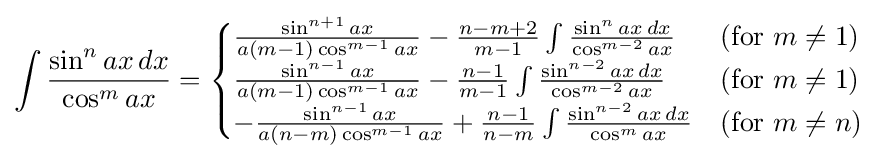
\int {\frac {\sin ^{n}ax\,dx}{\cos ^{m}ax}}={\begin{cases}{\frac {\sin ^{n+1}ax}{a(m-1)\cos ^{m-1}ax}}-{\frac {n-m+2}{m-1}}\int {\frac {\sin ^{n}ax\,dx}{\cos ^{m-2}ax}}&{\mbox{(for }}m\neq 1{\mbox{)}}\\{\frac {\sin ^{n-1}ax}{a(m-1)\cos ^{m-1}ax}}-{\frac {n-1}{m-1}}\int {\frac {\sin ^{n-2}ax\,dx}{\cos ^{m-2}ax}}&{\mbox{(for }}m\neq 1{\mbox{)}}\\-{\frac {\sin ^{n-1}ax}{a(n-m)\cos ^{m-1}ax}}+{\frac {n-1}{n-m}}\int {\frac {\sin ^{n-2}ax\,dx}{\cos ^{m}ax}}&{\mbox{(for }}m\neq n{\mbox{)}}\end{cases}}